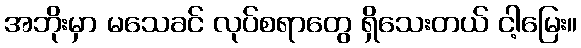
အဘိုးမှာ မသေခင် လုပ်စရာတွေ ရှိသေးတယ် ငါ့မြေး။